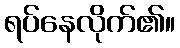
ရပ်နေလိုက်၏။